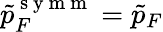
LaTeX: \tilde{p}_{F}^{\mathrm{~s~y~m~m~}}=\tilde{p}_{F}